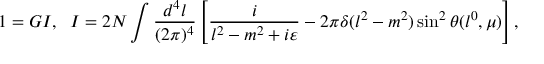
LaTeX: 1 = G I , \; \; I = 2 N \int \frac { d ^ { 4 } l } { ( 2 \pi ) ^ { 4 } } \left[ \frac { i } { l ^ { 2 } - m ^ { 2 } + i \varepsilon } - 2 \pi \delta ( l ^ { 2 } - m ^ { 2 } ) \sin ^ { 2 } \theta ( l ^ { 0 } , \mu ) \right] ,